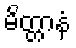
မိတ္တာနံ